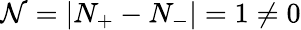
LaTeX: \mathcal N=\lvert N_{+}-N_{-}\rvert=1\neq 0